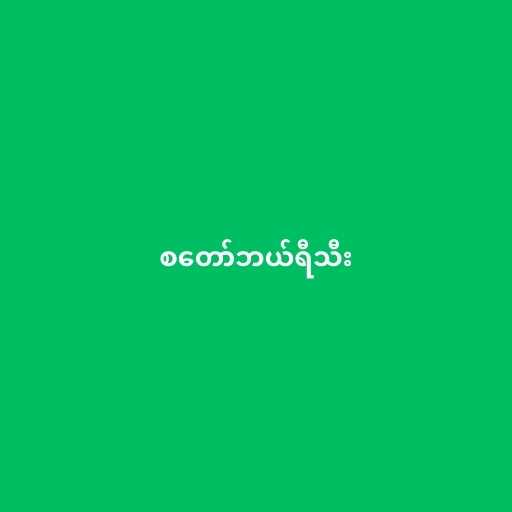
စတော်ဘယ်ရီသီး